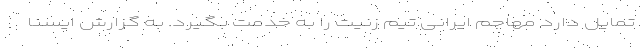
تمایل دارد مهاجم ایرانی تیم زنیت را به خدمت بگیرد. به گزارش ایسنا